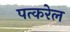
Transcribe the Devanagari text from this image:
पत्करेल